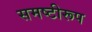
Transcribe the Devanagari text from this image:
समष्टीरूप